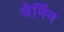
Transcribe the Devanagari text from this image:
चेर्निन